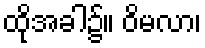
ထိုအခါ၌။ ဝိမလာ၊